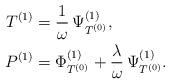
LaTeX: \begin{align*}T^{(1)} &= \frac{1}{\omega} \,\Psi^{(1)}_{T^{(0)}}, \\P^{(1)} &= \Phi^{(1)}_{T^{(0)}} + \frac{\lambda}{\omega} \,\Psi^{(1)}_{T^{(0)}}.\end{align*}